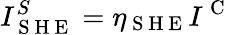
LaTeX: I_{\mathrm{~S~H~E~}}^{S}=\eta_{\mathrm{~S~H~E~}}I^{\mathrm{~C~}}